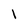
Character: l